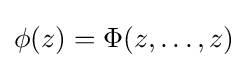
\phi (z)=\Phi (z,\ldots ,z)